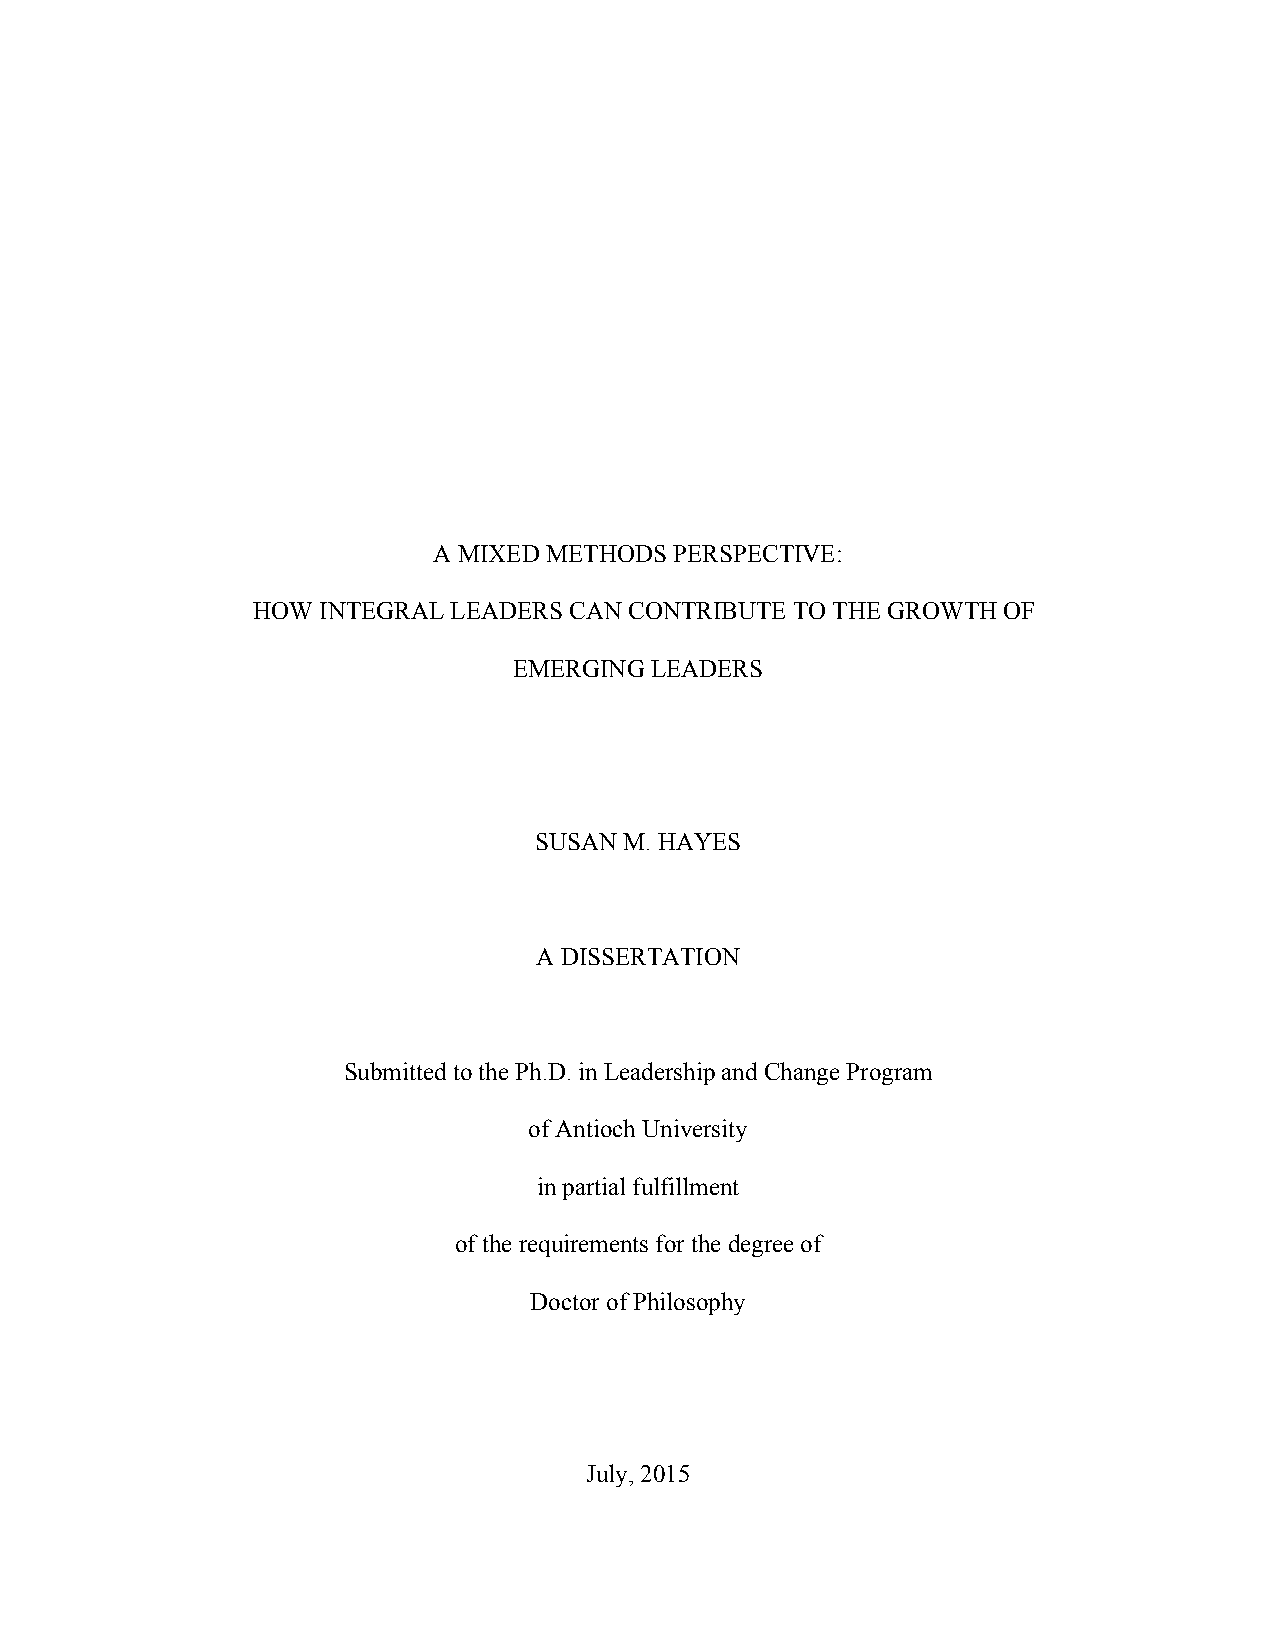
A MIXED METHODS PERSPECTIVE:
 HOW INTEGRAL LEADERS CAN CONTRIBUTE TO THE GROWTH OF
 EMERGING LEADERS
 SUSAN M. HAYES
 A DISSERTATION
 Submitted to the Ph.D. in Leadership and Change Program
 of Antioch University
 in partial fulfillment
 of the requirements for the degree of
 Doctor of Philosophy
 July, 2015